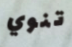
تنوي